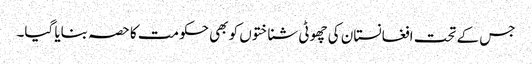
جس کے تحت افغانستان کی چھوٹی شناختوں کو بھی حکومت کا حصہ بنایا گیا۔